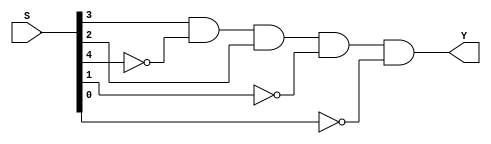
// This program was cloned from: https://github.com/FIUSCIS-CDA/CPU_MultiCycle
// License: MIT License

// Copyright (C) 2020  Intel Corporation. All rights reserved.
// Your use of Intel Corporation's design tools, logic functions 
// and other software and tools, and any partner logic 
// functions, and any output files from any of the foregoing 
// (including device programming or simulation files), and any 
// associated documentation or information are expressly subject 
// to the terms and conditions of the Intel Program License 
// Subscription Agreement, the Intel Quartus Prime License Agreement,
// the Intel FPGA IP License Agreement, or other applicable license
// agreement, including, without limitation, that your use is for
// the sole purpose of programming logic devices manufactured by
// Intel and sold by Intel or its authorized distributors.  Please
// refer to the applicable agreement for further details, at
// https://fpgasoftware.intel.com/eula.

// PROGRAM		"Quartus Prime"
// VERSION		"Version 20.1.1 Build 720 11/11/2020 SJ Lite Edition"
// CREATED		"Thu May 18 12:02:04 2023"

module S12(
	S,
	Y
);


input wire	[4:0] S;
output wire	Y;

wire	SYNTHESIZED_WIRE_0;
wire	SYNTHESIZED_WIRE_1;
wire	SYNTHESIZED_WIRE_2;
wire	SYNTHESIZED_WIRE_3;

assign	SYNTHESIZED_WIRE_0 = 1;



assign	Y = S[3] & SYNTHESIZED_WIRE_0 & SYNTHESIZED_WIRE_1 & S[2] & SYNTHESIZED_WIRE_2 & SYNTHESIZED_WIRE_3;


assign	SYNTHESIZED_WIRE_1 =  ~S[4];

assign	SYNTHESIZED_WIRE_2 =  ~S[1];

assign	SYNTHESIZED_WIRE_3 =  ~S[0];


endmodule